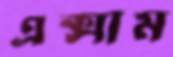
এক্সাম